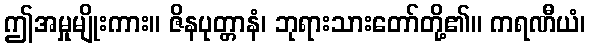
ဤအမှုမျိုးကား။ ဇိနပုတ္တာနံ၊ ဘုရားသားတော်တို့၏။ ကရဏီယံ၊